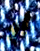
أو